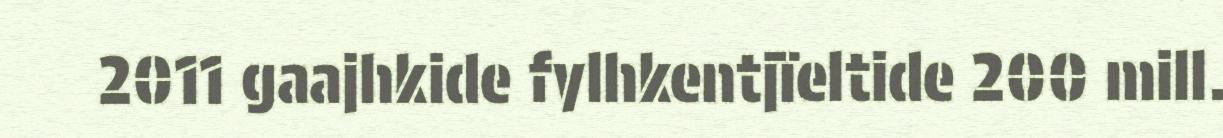
2011 gaajhkide fylhkentjïeltide 200 mill.